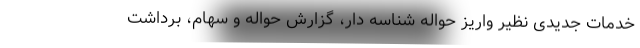
خدمات جدیدی نظیر واریز حواله شناسه دار، گزارش حواله و سهام، برداشت